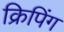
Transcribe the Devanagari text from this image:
क्रिपिंग